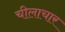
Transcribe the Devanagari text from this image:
चीलाचार